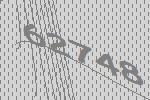
62748